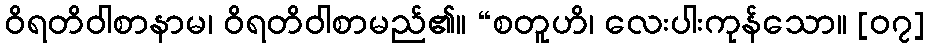
ဝိရတိဝါစာနာမ၊ ဝိရတိဝါစာမည်၏။ “စတူဟိ၊ လေးပါးကုန်သော။ [၀၇]